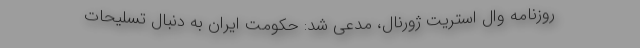
روزنامه وال استریت ژورنال، مدعی شد: حکومت ایران به دنبال تسلیحات